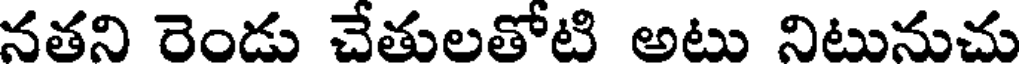
నతని రెండు చేతులతోటి అటు నిటునుచు